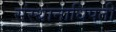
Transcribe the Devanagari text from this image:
संस्थानाधिपती